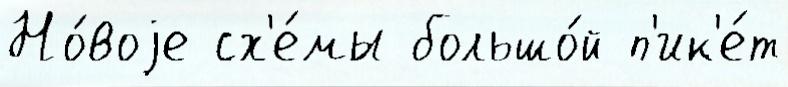
Но́воjе сх'е́мы большо́й п'ик'е́т